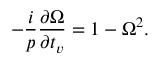
- \frac { i } { p } \frac { \partial \Omega } { \partial t _ { v } } = 1 - \Omega ^ { 2 } .